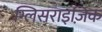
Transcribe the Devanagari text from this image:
ग्लिसराइज़िक